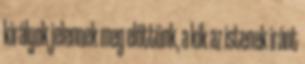
királyok jelennek meg előttünk, a kik az istenek iránt